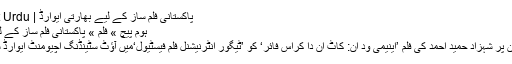
پاکستانی فلم ساز کے لیے بھارتی ایوارڈ | Independent Urdu
ہوم پیچ » فلم » پاکستانی فلم ساز کے لیے بھارتی ایوارڈ
جنگ زدہ افغانستان پر شہزاد حمید احمد کی فلم ’اینیمی ود ان: کاٹ اِن دا کراس فائر‘ کو ’ٹیگور انٹرنیشنل فلم فیسٹیول‘میں آؤٹ سٹینڈنگ اچیومنٹ ایوارڈ سے نوازا گیا ہے۔